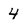
Character: 4